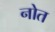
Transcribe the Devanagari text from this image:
नोत